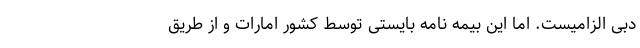
دبی الزامیست. اما این بیمه نامه بایستی توسط کشور امارات و از طریق